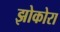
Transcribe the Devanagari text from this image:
झोकोरा